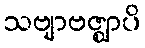
သဗျာဗဇ္ဈာပိ